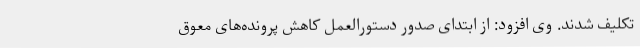
تکلیف شدند. وی افزود: از ابتدای صدور دستورالعمل کاهش پرونده‌های معوق